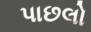
પાછલો